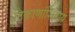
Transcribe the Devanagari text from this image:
ठिकाणांशिवाय